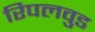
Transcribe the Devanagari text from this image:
रिपलवुड